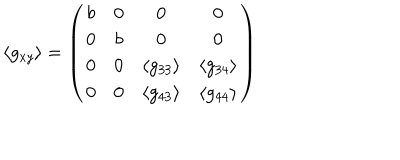
\langle g _ { x y } \rangle = \left( \begin{array} { c c c c } { { b } } & { { 0 } } & { { 0 } } & { { 0 } } \\ { { 0 } } & { { b } } & { { 0 } } & { { 0 } } \\ { { 0 } } & { { 0 } } & { { \langle g _ { 3 3 } \rangle } } & { { \langle g _ { 3 4 } \rangle } } \\ { { 0 } } & { { 0 } } & { { \langle g _ { 4 3 } \rangle } } & { { \langle g _ { 4 4 } \rangle } } \\ \end{array} \right)